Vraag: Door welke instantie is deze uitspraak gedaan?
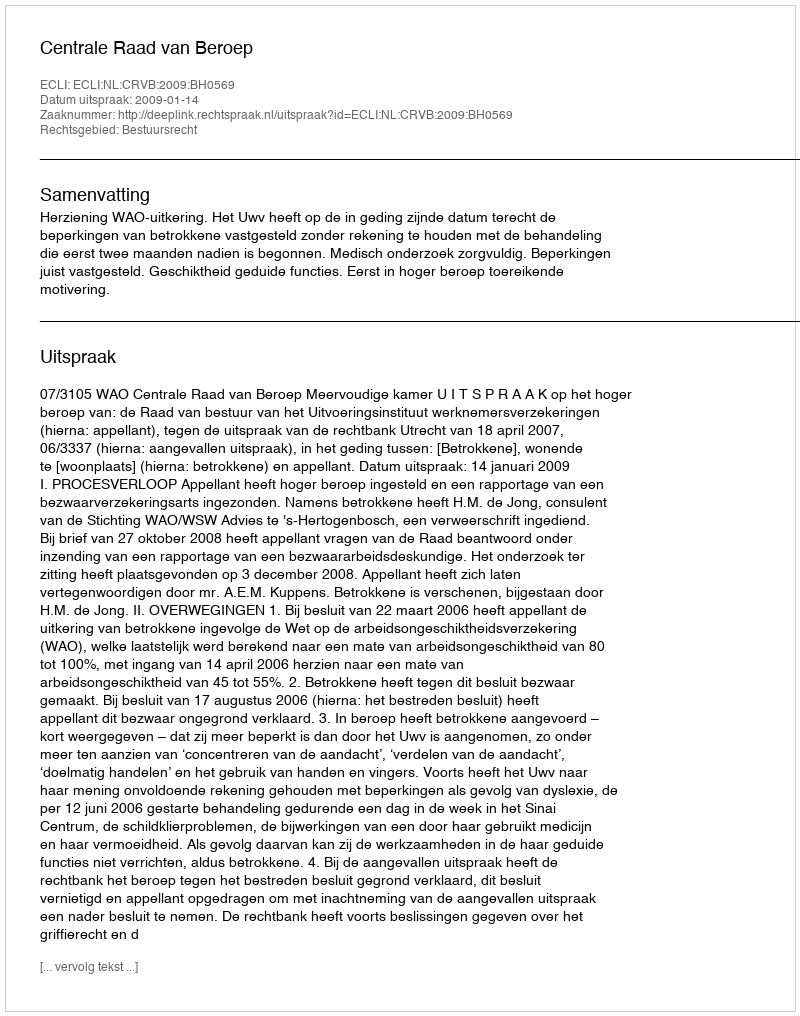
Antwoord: Centrale Raad van Beroep